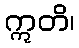
ဣတိ၊